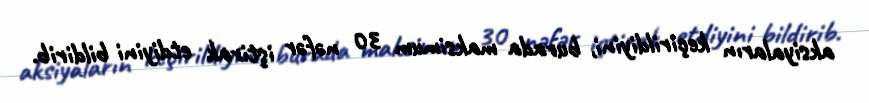
aksiyaların keçirildiyini, burada maksimum 30 nəfər iştirak etdiyini bildirib.